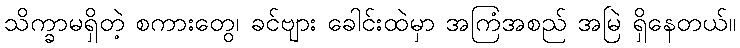
သိက္ခာမရှိတဲ့ စကားတွေ၊ ခင်ဗျား ခေါင်းထဲမှာ အကြံအစည် အမြဲ ရှိနေတယ်။